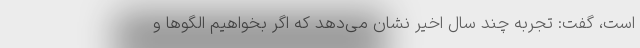
است، گفت: تجربه چند سال اخیر نشان می‌دهد که اگر بخواهیم الگوها و